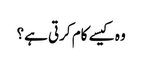
وہ کیسے کام کرتی ہے؟